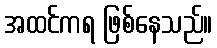
အထင်ကရ ဖြစ်နေသည်။